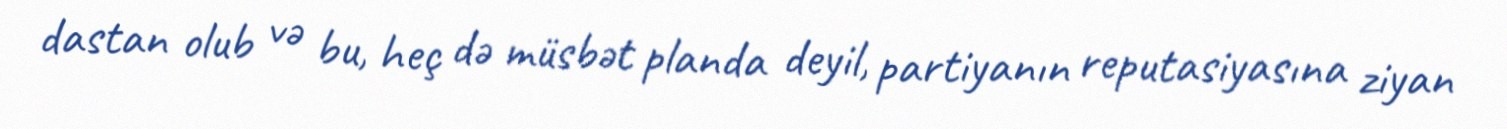
dastan olub və bu, heç də müsbət planda deyil, partiyanın reputasiyasına ziyan